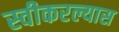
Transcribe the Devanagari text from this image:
स्वीकरल्यास